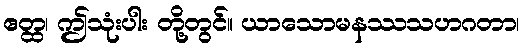
ဧတ္ထ၊ ဤသုံးပါး တို့တွင်။ ယာသောမနဿသဟဂတာ၊